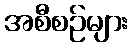
အစီစဉ်များ